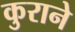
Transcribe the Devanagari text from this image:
कुराने